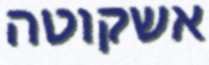
אשקוטה